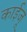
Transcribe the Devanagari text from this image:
काईजू